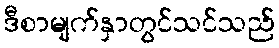
ဒီစာမျက်နှာတွင်သင်သည်